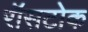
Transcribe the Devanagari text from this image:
रॉसटोक